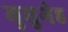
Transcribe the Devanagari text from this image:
मुधुमेह